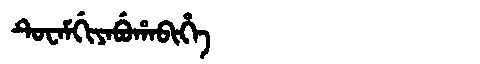
Manchu: ᡨᡠᠸᠠᠮᡤᡳᠶᠠᠪᡠᡥᠠᠪᡳᡥᡝ
Romanization: TUWAMGIYABUHABIHE